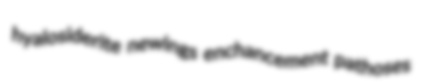
hyalosiderite newings enchancement pathoses